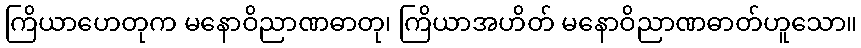
ကြိယာဟေတုက မနောဝိညာဏဓာတု၊ ကြိယာအဟိတ် မနောဝိညာဏဓာတ်ဟူသော။